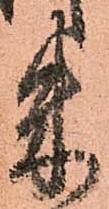
朱